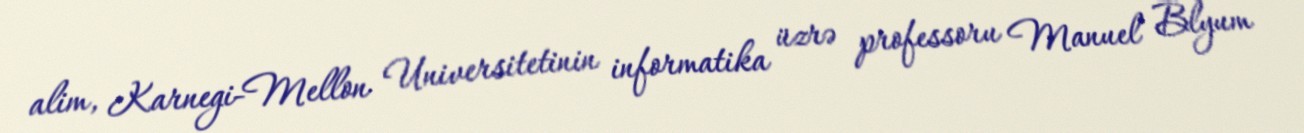
alim, Karnegi-Mellon Universitetinin informatika üzrə professoru Manuel Blyum